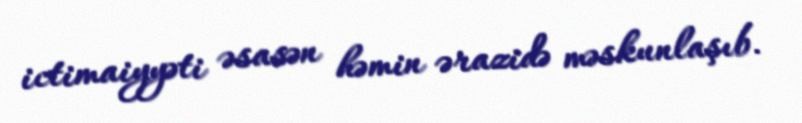
ictimaiyyəti əsasən həmin ərazidə məskunlaşıb.